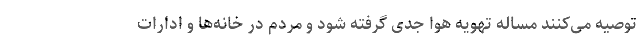
توصیه می‌کنند مساله تهویه هوا جدی گرفته شود و مردم در خانه‌ها و ادارات